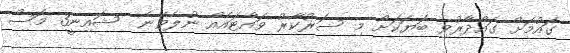
ގައުމަށް ގައްދާރުވި ބަޔަކަށް މި ސަރުކާރު ވައްޓައެއް ނުލެވޭނެ  ޝައިނީ3 މަސް